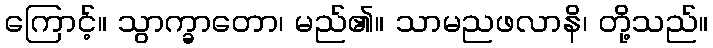
ကြောင့်။ သွာက္ခာတော၊ မည်၏။ သာမညဖလာနိ၊ တို့သည်။